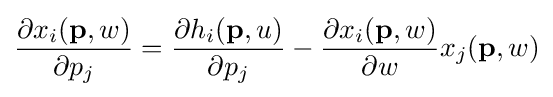
{\partial x_{i}(\mathbf {p} ,w) \over \partial p_{j}}={\partial h_{i}(\mathbf {p} ,u) \over \partial p_{j}}-{\partial x_{i}(\mathbf {p} ,w) \over \partial w}x_{j}(\mathbf {p} ,w)